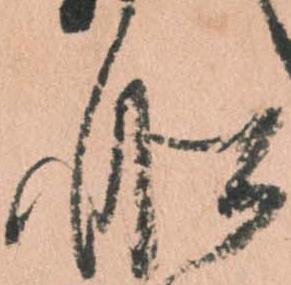
船